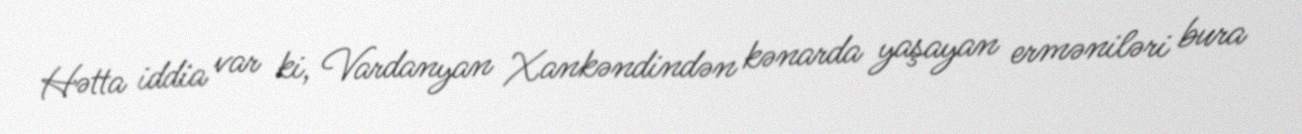
Hətta iddia var ki, Vardanyan Xankəndindən kənarda yaşayan erməniləri bura